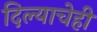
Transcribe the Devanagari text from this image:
दिल्याचेही